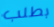
بطلب